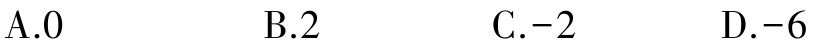
A.0 \quad B.2 \quad C.-2 \quad D.-6